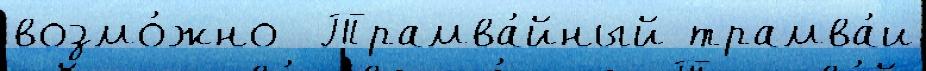
возмо́жно  Трамва́йный трамва́и